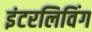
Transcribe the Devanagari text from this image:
इंटरलिविंग